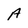
Character: A